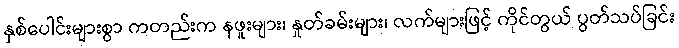
နှစ်ပေါင်းများစွာ ကတည်းက နဖူးများ၊ နှုတ်ခမ်းများ၊ လက်များဖြင့် ကိုင်တွယ် ပွတ်သပ်ခြင်း